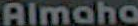
Almaho